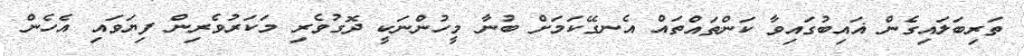
ތަރިބަލައިގެން ޣައިބުގައިވާ ކަންތައްތައް އެނގޭކަމަށް ބުނާ މީހުންނަކީ ދޮގުވެރި މަކަރުވެރިން ފިޔަވައި އެހެން